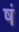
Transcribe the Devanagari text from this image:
षं